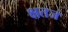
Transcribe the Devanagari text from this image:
क्षतज